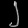
Digit: ၂